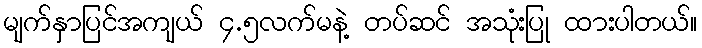
မျက်နှာပြင်အကျယ် ၄.၅လက်မနဲ့ တပ်ဆင် အသုံးပြု ထားပါတယ်။